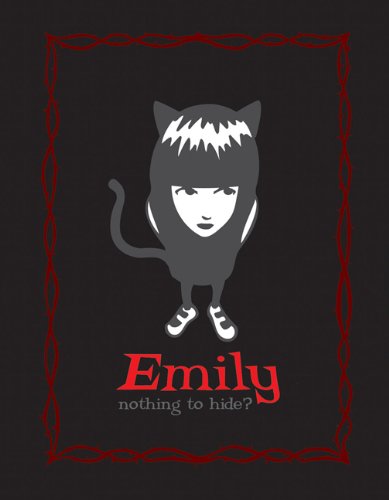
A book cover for Emily's "Nothing to Hide?" Locking Diary; Cosmic Debris; Teen & Young Adult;